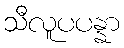
သီလူပပန္နာ